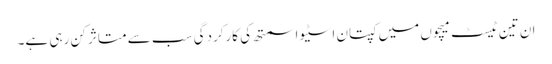
ان تین ٹیسٹ میچوں میں کپتان اسٹیو اسمتھ کی کارکردگی سب سے متاثر کن رہی ہے۔